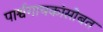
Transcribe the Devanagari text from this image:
पार्श्वगायकांसोबत